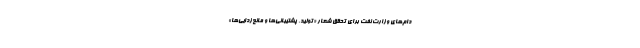
دام‌های وزارت نفت برای تحقق شعار «تولید، پشتیبانی‌ها و مانع‌زدایی‌ها»